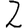
Digit: 2